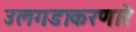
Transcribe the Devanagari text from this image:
उलगडाकरणारे